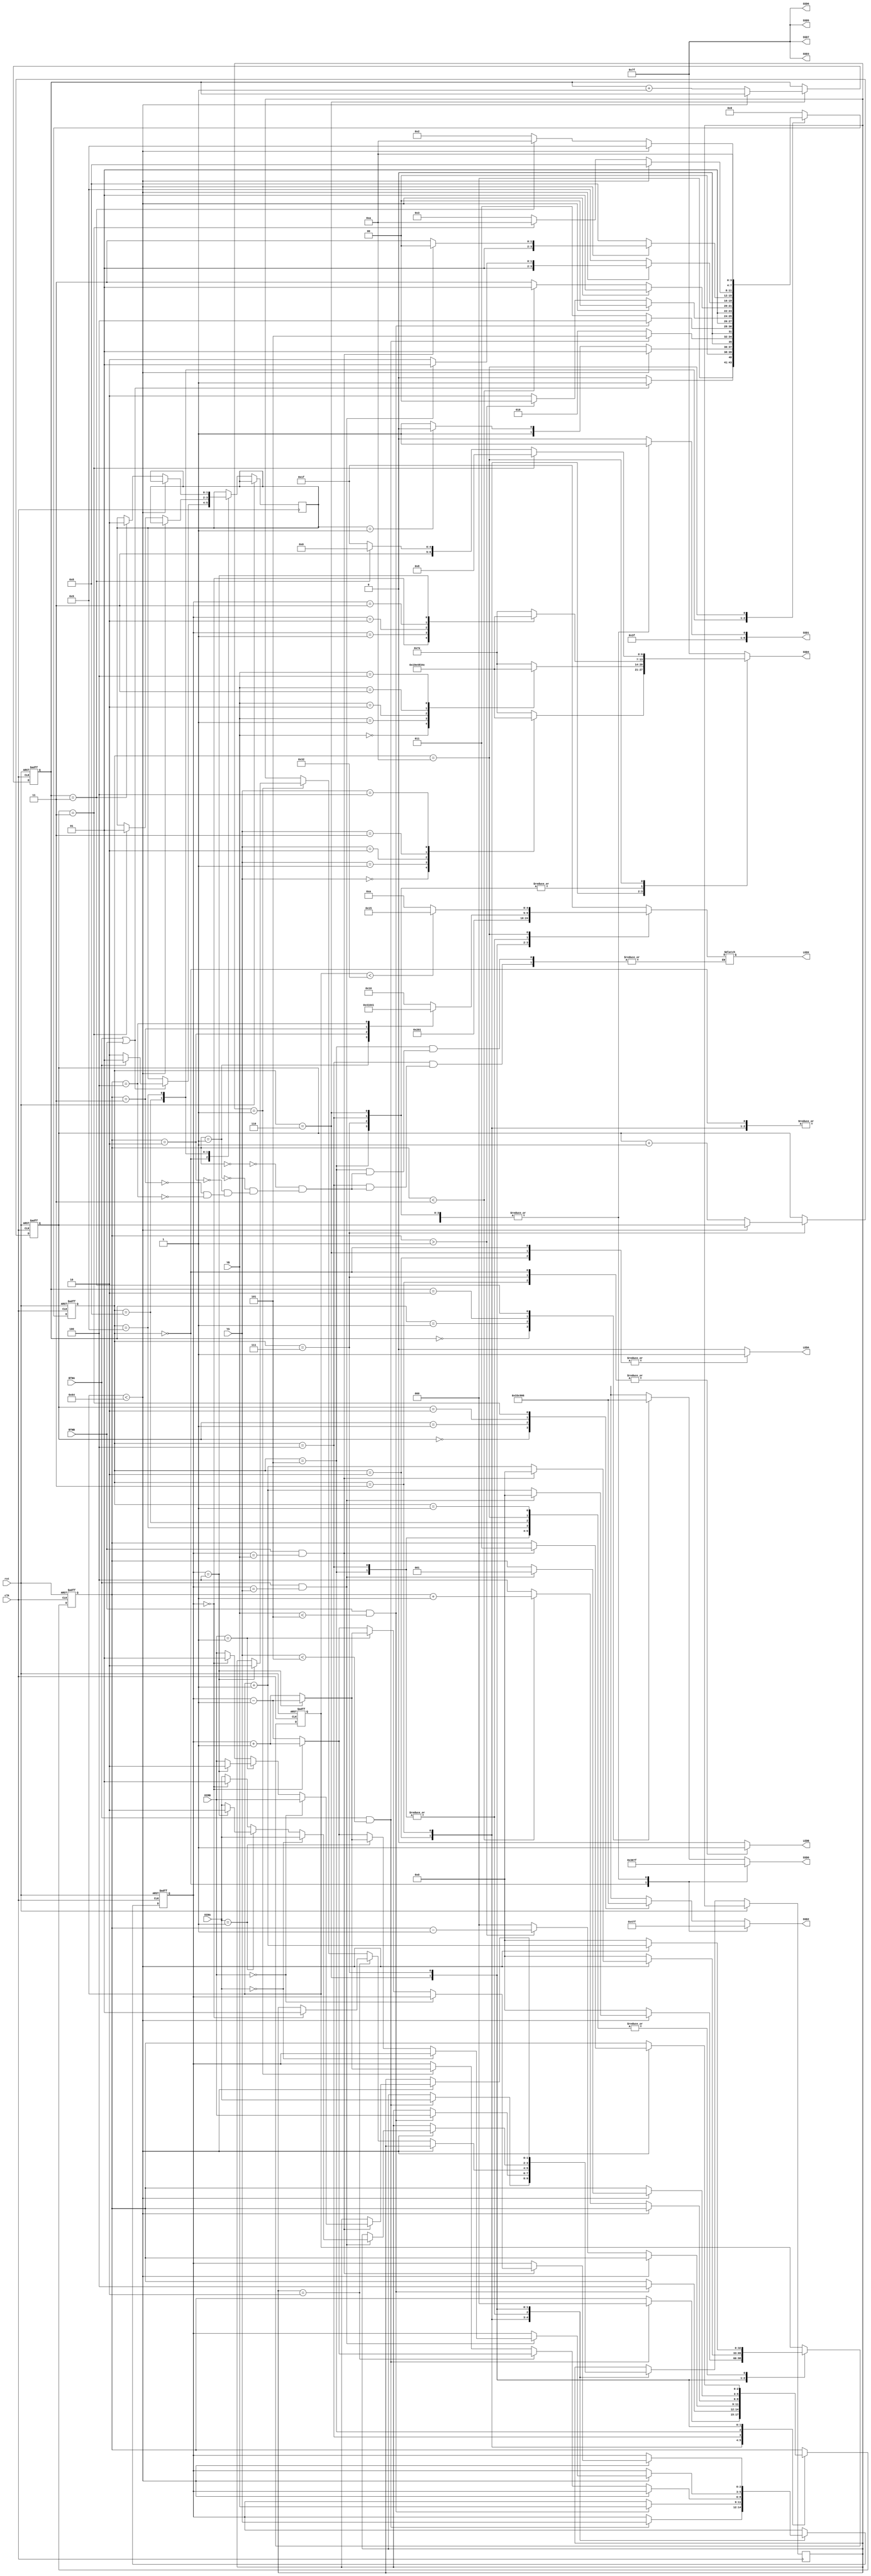
module hockey(

input clk,
input rst,

input BTNA,
input BTNB,

input [1:0] DIRA,
input [1:0] DIRB,

input [2:0] YA,
input [2:0] YB,

output reg LEDA,
output reg LEDB,
output reg [4:0] LEDX,

output reg [6:0] SSD7,
output reg [6:0] SSD6,
output reg [6:0] SSD5,
output reg [6:0] SSD4, 
output reg [6:0] SSD3,
output reg [6:0] SSD2,
output reg [6:0] SSD1,
output reg [6:0] SSD0   

);

parameter IDLE = 0, DISPLAY = 1, HIT_A = 2, 
HIT_B = 3, SEND_A = 4, SEND_B = 5, RESP_A = 6, 
RESP_B = 7, GOAL_A = 8, GOAL_B = 9, GAME_OVER = 10;

reg [3:0] state;
reg [1:0] score_A, score_B;
reg [1:0] turn;
reg [1:0] dirY;
reg [32:0] timer;
reg [2:0] X_COORD, Y_COORD;
reg [1:0] A_Score, B_Score;


initial begin
    state <= IDLE;
    score_A <= 0;
    score_B <= 0;
    X_COORD <= 3'b0;
    Y_COORD <= 3'b0;
    timer <= 0;
end


always @(posedge clk or posedge rst)
begin
    if (rst)
    begin
        state <= IDLE;
        score_A <= 0;
        score_B <= 0;
        X_COORD <= 3'b0;
        Y_COORD <= 3'b0;
        timer <= 0;
    end
    else
    begin
        A_Score <= score_A;
        B_Score <= score_B;
        case (state)
            IDLE: begin
                if (BTNA || BTNB) 
                begin
                    if (BTNA) 
                    begin
                        turn <= 2'b01;
                        state <= DISPLAY;
                    end
                    else 
                    begin
                        turn <= 2'b10;
                        state <= DISPLAY;
                    end
                end 
                else 
                begin
                    state <= IDLE;
                end
            end
            DISPLAY: begin
                if(timer < 100) begin
                    timer <= timer + 1;
                    state <= DISPLAY;
                end
                else begin
                    timer <= 0;
                    if(turn == 2'b01) begin
                        state <= HIT_A;
                    end
                    else begin
                        state <= HIT_B;
                    end
                end
            end
            HIT_A: begin
                if (BTNA && (YA <5)) begin
                    X_COORD <= 0;
                    Y_COORD <= YA;
                    dirY <= DIRA;
                    state <= SEND_B;
                end
                else begin
                    state <= HIT_A;
                end
            end
            HIT_B: begin
                if (BTNB && (YB <5)) begin
                    X_COORD <= 4;
                    Y_COORD <= YB;
                    dirY <= DIRB;
                    state <= SEND_A;
                end
                else begin
                    state <= HIT_B;
                end
            end
            SEND_A: begin
                if(timer < 100) begin
                    timer <= timer + 1;
                    state <= SEND_A;
                end
                else begin
                    timer <= 0;

                    if(dirY == 2'b10) begin
                        if(Y_COORD == 0) begin
                            dirY <= 2'b01;
                            Y_COORD <= Y_COORD + 1;
                        end
                        else begin
                            Y_COORD <= Y_COORD - 1;
                        end
                    end

                    else if (dirY == 2'b01) begin
                        if(Y_COORD == 4) begin
                            dirY <= 2'b10;
                            Y_COORD <= Y_COORD - 1;
                        end
                        else begin
                            Y_COORD <= Y_COORD + 1;
                        end
                    end
                    else begin
                        Y_COORD <= Y_COORD;
                    end
                    
                    if (X_COORD > 1) begin
                        X_COORD <= X_COORD - 1;
                        state <= SEND_A;
                    end
                    else begin
                        X_COORD <= 0;
                        state <= RESP_A;
                    end
                end
            end
            SEND_B: begin
                if(timer < 100) begin
                    timer <= timer + 1;
                    state <= SEND_B;
                end
                else begin
                    timer <= 0;
                    if(dirY == 2'b10) begin
                        if(Y_COORD == 0) begin
                            dirY <= 2'b01;
                            Y_COORD <= Y_COORD + 1;
                        end
                        else begin
                            Y_COORD <= Y_COORD - 1;
                        end
                    end

                    else if (dirY == 2'b01) begin
                        if(Y_COORD == 4) begin
                            dirY <= 2'b10;
                            Y_COORD <= Y_COORD - 1;
                        end
                        else begin
                            Y_COORD <= Y_COORD + 1;
                        end
                    end
                    else begin
                        Y_COORD <= Y_COORD;
                    end
                    if (X_COORD < 3) begin
                            X_COORD <= X_COORD + 1;
                            state <= SEND_B;
                    end
                    else begin
                            X_COORD <= 4;
                            state <= RESP_B;
                    end    
                end
            end
            RESP_A: begin
                if(timer < 100) begin
                    if(BTNA && (Y_COORD == YA)) begin
                        X_COORD <= 1;
                        timer <= 0;
                        if (DIRA == 2'b00) begin
                            dirY <= DIRA;
                            state <= SEND_B;
                        end
                        else if(DIRA == 2'b01) begin
                            if(Y_COORD == 4) begin
                                dirY <= 2'b10;
                                Y_COORD <= Y_COORD - 1;
                                state <= SEND_B;
                            end
                            else begin
                                dirY <= DIRA;
                                Y_COORD <= Y_COORD + 1;
                                state <= SEND_B;
                            end
                        end
                        else begin
                            if(Y_COORD == 0) begin
                                dirY <= 2'b01;
                                Y_COORD <= Y_COORD + 1;
                                state <= SEND_B;
                            end
                            else begin
                                dirY <= DIRA;
                                Y_COORD <= Y_COORD - 1;
                                state <= SEND_B;
                            end
                        end
                    end
                    else begin
                        timer <= timer + 1;
                        state <= RESP_A;
                    end
                end
                else begin
                    timer <= 0;
                    score_B <= score_B + 1;
                    state <= GOAL_B;
                end
            end
            RESP_B: begin
                if(timer < 100) begin
                    if(BTNB && (Y_COORD == YB)) begin
                        X_COORD <= 3;
                        timer <= 0;
                        if (DIRB == 2'b00) begin
                            dirY <= DIRB;
                            state <= SEND_A;
                        end
                        else if(DIRB == 2'b01) begin
                            if(Y_COORD == 4) begin
                                dirY <= 2'b10;
                                Y_COORD <= Y_COORD - 1;
                                state <= SEND_A;
                            end
                            else begin
                                dirY <= DIRB;
                                Y_COORD <= Y_COORD + 1;
                                state <= SEND_A;
                            end
                        end
                        else begin
                            if(Y_COORD == 0) begin
                                dirY <= 2'b01;
                                Y_COORD <= Y_COORD + 1;
                                state <= SEND_A;
                            end
                            else begin
                                dirY <= DIRB;
                                Y_COORD <= Y_COORD - 1;
                                state <= SEND_A;
                            end
                        end
                    end
                    else begin
                        timer <= timer + 1;
                        state <= RESP_B;
                    end
                end
                else begin
                    timer <= 0;
                    score_A <= score_A + 1;
                    state <= GOAL_A;
                end
            end
            GOAL_A: begin
                if (timer < 100) begin
                    timer <= timer + 1;
                    state <= GOAL_A;
                end
                else begin
                    timer <= 0;
                    if (score_A==3) begin
                        turn <= 2'b01;
                        state <= GAME_OVER;
                    end
                    else begin
                        state <= HIT_B;
                    end
                end
            end
            GOAL_B: begin
                if (timer < 100) begin
                    timer <= timer + 1;
                    state <= GOAL_B;
                end
                else begin
                    timer <= 0;
                    if (score_B==3) begin
                        turn <= 2'b10;
                        state <= GAME_OVER;
                    end
                    else begin
                        state <= HIT_A;
                    end
                end
            end
            GAME_OVER: begin
                if (timer < 100) begin
                    timer <= timer + 1;
                    state <= GAME_OVER;
                end
                else begin
                    timer <= 0;
                    state <= GAME_OVER;
                end
            end
            default: begin
                state <= IDLE;
            end
        endcase
    end
end   

// for LEDs
always @ (*)
begin
    case (state)
        IDLE: begin
            LEDA = 1;
            LEDB = 1;
            LEDX = 5'b00000;
        end
        DISPLAY, GOAL_A, GOAL_B: begin
            LEDA = 0;
            LEDB = 0;
            LEDX = 5'b11111;
        end
        HIT_A: begin
            LEDA = 1;
            LEDB = 0;
            LEDX = 5'b00000;
        end
        HIT_B: begin
            LEDA = 0;
            LEDB = 1;
            LEDX = 5'b00000;
        end
        RESP_A: begin
            LEDA = 1;
            LEDB = 0;
            LEDX = 5'b10000;
        end
        RESP_B: begin
            LEDA = 0;
            LEDB = 1;
            LEDX = 5'b00001;
        end
        SEND_A: begin
            LEDA = 0;
            LEDB = 0;
            case (X_COORD)
            0: LEDX = 5'b10000;
            1: LEDX = 5'b01000;
            2: LEDX = 5'b00100;
            3: LEDX = 5'b00010;
            4: LEDX = 5'b00001;
            endcase
        end
        SEND_B: begin
            LEDA = 0;
            LEDB = 0;
            case (X_COORD)
            0: LEDX = 5'b10000;
            1: LEDX = 5'b01000;
            2: LEDX = 5'b00100;
            3: LEDX = 5'b00010;
            4: LEDX = 5'b00001;
            endcase
        end
        GOAL_A: begin
            LEDA = 1;
            LEDB = 0;
            LEDX = 5'b00000;
        end
        GOAL_B: begin
            LEDA = 0;
            LEDB = 1;
            LEDX = 5'b00000;
        end
        GAME_OVER: begin
            if (timer < 50) begin
                LEDA = 0;
                LEDB = 0;
                LEDX = 5'b10101;
            end
            else begin
                LEDA = 0;
                LEDB = 0;
                LEDX = 5'b01010;
            end
        end
        default: begin
            LEDA = 0;
            LEDB = 0;
            LEDX = 5'b11111;
        end
    endcase

end

//for SSDs
always @ (*)
begin
    SSD1 = 7'b1111111;
    SSD6 = 7'b1111111;
    SSD3 = 7'b1111111;
    SSD5 = 7'b1111111;
    SSD7 = 7'b1111111;
    SSD2 = 7'b1111111;
    SSD0 = 7'b1111111;
    SSD4 = 7'b1111111;


    case(state)
        IDLE: begin
            SSD2 = 7'b0001000;
            SSD0 = 7'b1100000;
            SSD1 = 7'b1111110;
            SSD6 = 7'b1111111;
            SSD3 = 7'b1111111;
            SSD5 = 7'b1111111;
            SSD7 = 7'b1111111;
            SSD4 = 7'b1111111;
        end
        DISPLAY: begin
            case (score_A)
                0: SSD2 = 7'b0000001;
                1: SSD2 = 7'b1001111;
                2: SSD2 = 7'b0010010;
                3: SSD2 = 7'b0000110;
                default: SSD2 = 7'b1111111;
            endcase
            case (score_B)
                0: SSD0 = 7'b0000001;
                1: SSD0 = 7'b1001111;
                2: SSD0 = 7'b0010010;
                3: SSD0 = 7'b0000110;
                default: SSD0 = 7'b1111111;
            endcase
            SSD1 = 7'b1111110;
            SSD6 = 7'b1111111;
            SSD3 = 7'b1111111;
            SSD5 = 7'b1111111;
            SSD7 = 7'b1111111;
            SSD4 = 7'b1111111;
        end
        HIT_A: begin
            case (YA)
                0: SSD4 = 7'b0000001;
                1: SSD4 = 7'b1001111;
                2: SSD4 = 7'b0010010;
                3: SSD4 = 7'b0000110;
                4: SSD4 = 7'b1001100;
                default: SSD4 = 7'b1111110;
            endcase
        end
        HIT_B: begin
            case (YB)
                0: SSD4 = 7'b0000001;
                1: SSD4 = 7'b1001111;
                2: SSD4 = 7'b0010010;
                3: SSD4 = 7'b0000110;
                4: SSD4 = 7'b1001100;
                default: SSD4 = 7'b1111110;
            endcase
        end
        RESP_A, SEND_A, RESP_B, SEND_B: begin
            case (Y_COORD)
                0: SSD4 = 7'b0000001;
                1: SSD4 = 7'b1001111;
                2: SSD4 = 7'b0010010;
                3: SSD4 = 7'b0000110;
                4: SSD4 = 7'b1001100;
                default: SSD4 = 7'b1111110;
            endcase
        end
        GOAL_A, GOAL_B: begin
            case (score_A)
                0: SSD2 = 7'b0000001;
                1: SSD2 = 7'b1001111;
                2: SSD2 = 7'b0010010;
                3: SSD2 = 7'b0000110;
                default: SSD2 = 7'b1111111;
            endcase
            case (score_B)
                0: SSD0 = 7'b0000001;
                1: SSD0 = 7'b1001111;
                2: SSD0 = 7'b0010010;
                3: SSD0 = 7'b0000110;
                default: SSD0 = 7'b1111111;
            endcase
            SSD1 = 7'b1111110;
            SSD6 = 7'b1111111;
            SSD3 = 7'b1111111;
            SSD5 = 7'b1111111;
            SSD7 = 7'b1111111;
            SSD4 = 7'b1111111;
        end
        GAME_OVER: begin
            case (score_A)
                0: SSD2 = 7'b0000001;
                1: SSD2 = 7'b1001111;
                2: SSD2 = 7'b0010010;
                3: SSD2 = 7'b0000110;
                default: SSD2 = 7'b1111111;
            endcase
            case (score_B)
                0: SSD0 = 7'b0000001;
                1: SSD0 = 7'b1001111;
                2: SSD0 = 7'b0010010;
                3: SSD0 = 7'b0000110;
                default: SSD0 = 7'b1111111;
            endcase
            SSD1 = 7'b1111110;
            SSD6 = 7'b1111111;
            SSD3 = 7'b1111111;
            SSD5 = 7'b1111111;
            SSD7 = 7'b1111111;
            if (score_A == 3) begin
                SSD4 = 7'b0001000;
            end
            else if (score_B == 3) begin
                SSD4 = 7'b1100000;
            end
            else begin
                SSD4 = 7'b1111111;
        end
        end
        default: begin
            case (score_A)
                0: SSD2 = 7'b0000001;
                1: SSD2 = 7'b1001111;
                2: SSD2 = 7'b0010010;
                3: SSD2 = 7'b0000110;
                default: SSD2 = 7'b1111111;
            endcase
            case (score_B)
                0: SSD0 = 7'b0000001;
                1: SSD0 = 7'b1001111;
                2: SSD0 = 7'b0010010;
                3: SSD0 = 7'b0000110;
                default: SSD0 = 7'b1111111;
            endcase
            SSD1 = 7'b1111110;
            SSD6 = 7'b1111111;
            SSD3 = 7'b1111111;
            SSD5 = 7'b1111111;
            SSD7 = 7'b1111111;
            SSD4 = 7'b1111111;
        end
    endcase
end


endmodule